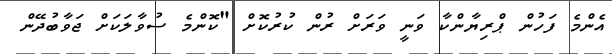
އެންމެ ފަހުން ޕްރިޔާންކާ ވަނީ ވަރަށް ރުން ކުރުކޮށް "ކޮންމެ ސުވާލަކަށް ޖަވާބުދޭން